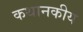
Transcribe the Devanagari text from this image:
कथानकीय